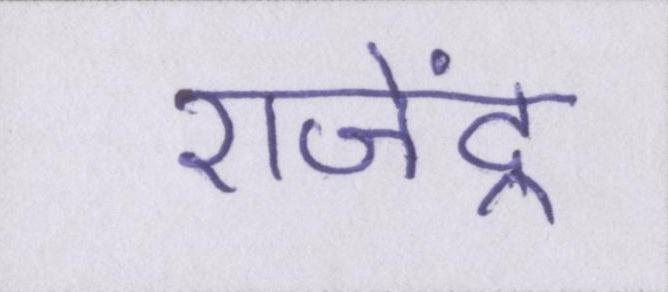
राजेंद्र